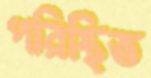
পরিস্থিত